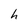
Character: h